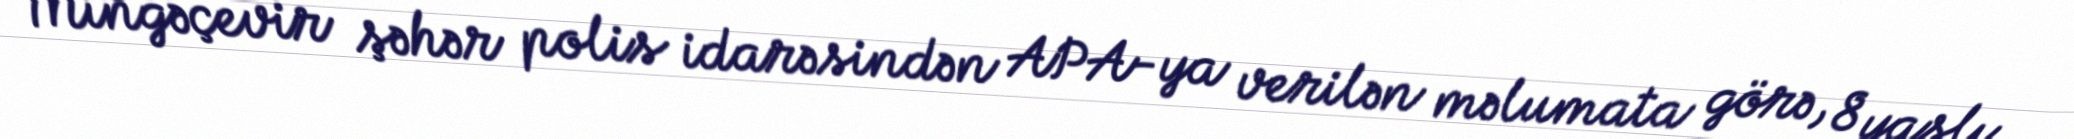
Mingəçevir şəhər polis idarəsindən APA-ya verilən məlumata görə, 8 yaşlı